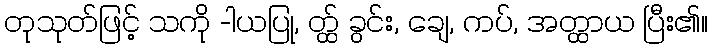
တုသုတ်ဖြင့် သကို -ါယပြု, တ္ထ် ခွင်း, ချေ, ကပ်, အတ္ထာယ ပြီး၏။